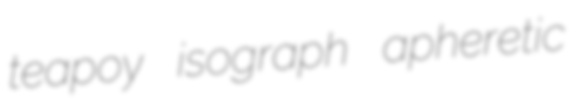
teapoy isograph apheretic